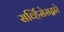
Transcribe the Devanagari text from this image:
सर्व्हिसेसद्वारे